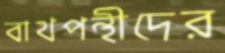
বাথপন্থীদের